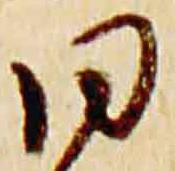
同